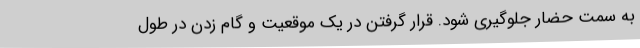
به سمت حضار جلوگیری شود. قرار گرفتن در یک موقعیت و گام زدن در طول